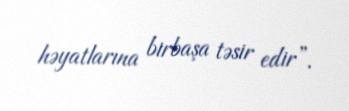
həyatlarına birbaşa təsir edir”.